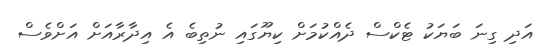
އަދި ގިނަ ބަޔަކު ޓެކްސް ދެއްކުމަށް ކިޔޫގައި ނުތިބެ އެ އިދާރާއަށް އަށްވެސް